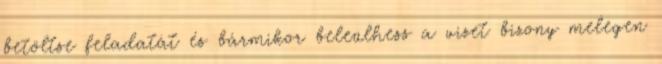
betöltse feladatát és bármikor beleülhess a vizet bizony melegen